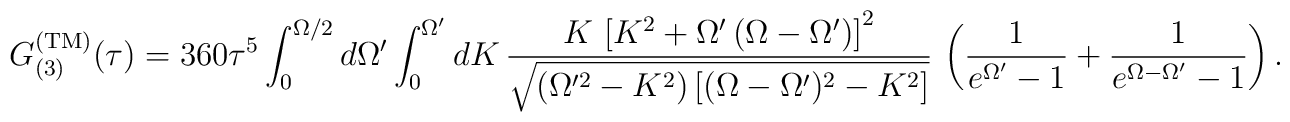
G^{\rm (TM)}_{(3)}(\tau)= 360\tau^5\int_0^{\Omega/2}d\Omega' \int_0^{\Omega'} dK\,\frac{K\,\left[K^2+\Omega'\left(\Omega-\Omega'\right)\right]^2} {\sqrt{(\Omega'^2-K^2)\left[(\Omega-\Omega')^2-K^2\right]}}\,\left(\frac{1}{e^{\Omega'}-1}+\frac{1}{e^{\Omega-\Omega'}-1}\right).